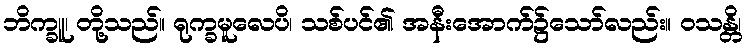
ဘိက္ခူ၊ တို့သည်။ ရုက္ခမူလေပိ၊ သစ်ပင်၏ အနီးအောက်၌သော်လည်း။ ဝသန္တိ၊